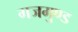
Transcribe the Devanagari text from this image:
गजमुण्ड